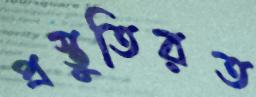
প্রস্তুতিরত